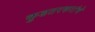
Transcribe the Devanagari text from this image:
कुडतरकरांचे